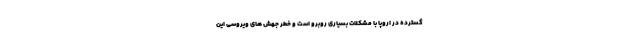
گسترده در اروپا با مشکلات بسیاری روبرو است و خطر جهش های ویروسی این